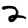
Digit: 2